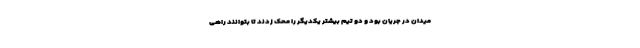
میدان در جریان بود و دو تیم بیشتر یکدیگر را محک زدند تا بتوانند راهی